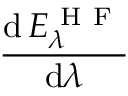
\frac { \mathrm { d } \, E _ { \lambda } ^ { \mathrm { ~ H ~ F ~ } } } { \mathrm { d } \lambda }